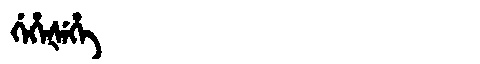
Manchu: ᡤᡝᡥᡝᡧᡝᡥᡝ
Romanization: GEHEŠEHE